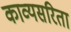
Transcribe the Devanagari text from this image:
काव्यसरिता